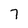
Character: 7